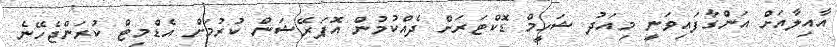
އާއިލާއަށް އަންގާފައިވަނީ މިއަދު ޝަހީމް ޑޮކްޓަރަށް ދެއްކުމުން އޮޕަރޭޝަން ކުރުމަށް އެޑްމިޓް ކުރަންޖެހޭނެ